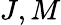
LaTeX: J,M